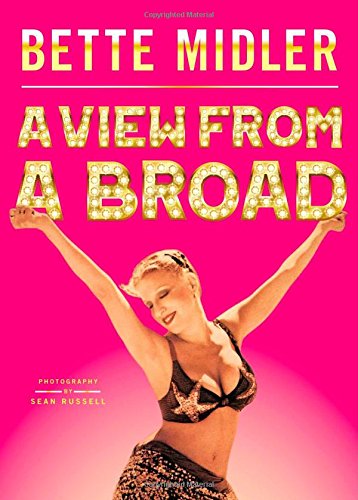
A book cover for A View from A Broad; Bette Midler; Biographies & Memoirs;